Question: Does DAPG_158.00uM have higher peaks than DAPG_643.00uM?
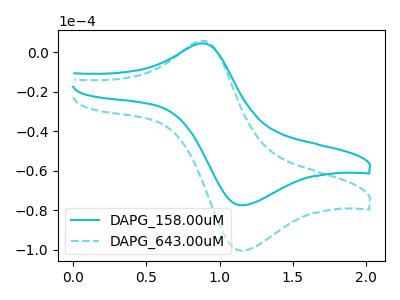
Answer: <think>The cyan curve "DAPG_158.00uM" has an anodic peak at (0.90V, 4.50uA) and a cathodic peak at (1.15V, -77.35uA). The cyan dashed curve "DAPG_643.00uM" has an anodic peak at (0.90V, 5.80uA) and a cathodic peak at (1.15V, -100.35uA).</think>
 <answer>Every peak in "DAPG_158.00uM" is lower than every peak in "DAPG_643.00uM".</answer>
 <eval>lower</eval>